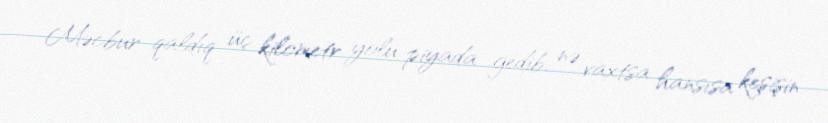
Məcbur qaldıq üç kilometr yolu piyada gedib, nə vaxtsa hansısa keşişin